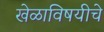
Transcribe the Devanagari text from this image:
खेळाविषयीचे